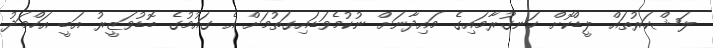
ލަޝްކަރުތައް ލީޑްކޮށް ހަނގުރާމައިގެ މައިދާނަށް ނުކުމެވަޑައިގަތުމަށް އެ ގައުމުގެ ބޮޑުވަޒީރު އަބީ އަހްމަދު